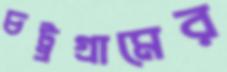
চট্ট্রগ্রামের